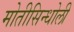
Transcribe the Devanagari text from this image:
मोतीसिन्धोली